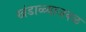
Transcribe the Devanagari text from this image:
खंडाळ्याजवळ